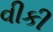
વીકી